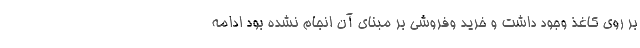
بر روی کاغذ وجود داشت و خرید وفروشی بر مبنای آن انجام نشده بود ادامه